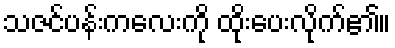
သဇင်ပန်းကလေးကို ထိုးပေးလိုက်၏။